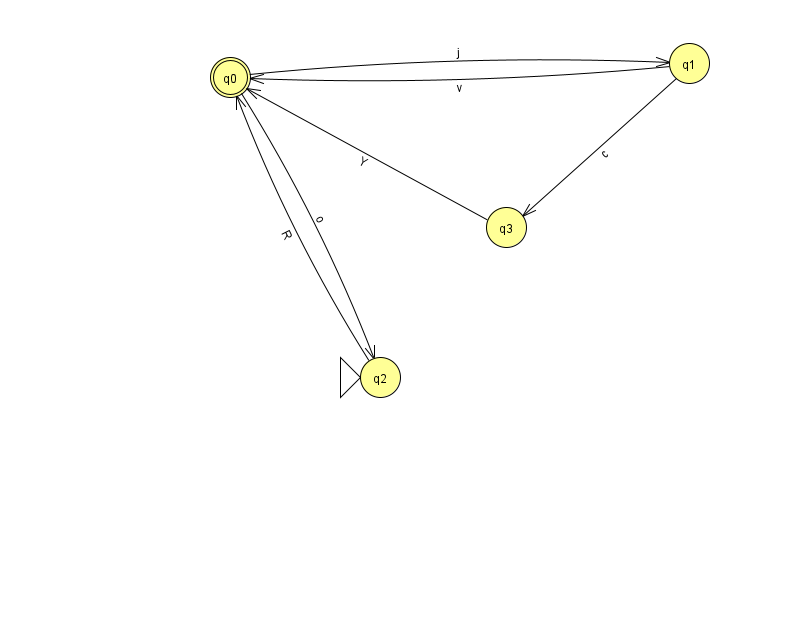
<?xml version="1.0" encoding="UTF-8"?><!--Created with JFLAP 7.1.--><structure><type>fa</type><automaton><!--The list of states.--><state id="0" name="q0"><x>230.0</x><y>64.0</y><final/></state><state id="1" name="q1"><x>689.0</x><y>50.0</y></state><state id="2" name="q2"><x>380.0</x><y>364.0</y><initial/></state><state id="3" name="q3"><x>506.0</x><y>214.0</y></state><!--The list of transitions.--><transition><from>0</from><to>1</to><read>j</read></transition><transition><from>0</from><to>2</to><read>o</read></transition><transition><from>1</from><to>0</to><read>v</read></transition><transition><from>3</from><to>0</to><read>Y</read></transition><transition><from>2</from><to>0</to><read>R</read></transition><transition><from>1</from><to>3</to><read>c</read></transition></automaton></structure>